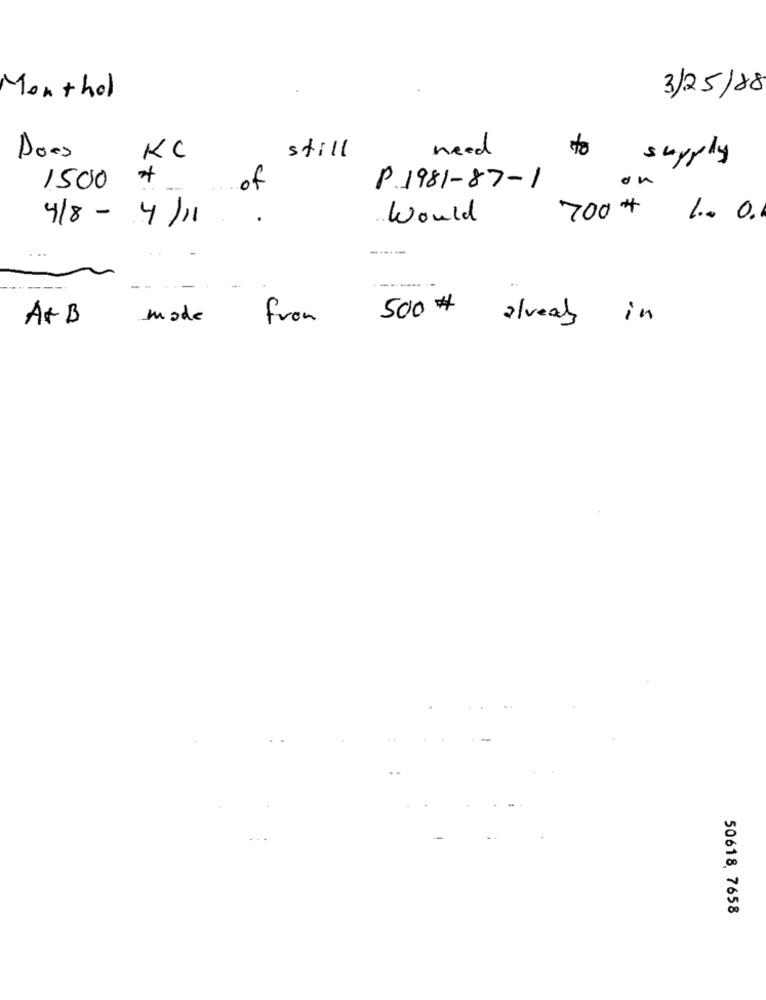
Monthol
3/25/88
still
need
Does
KC
to
£
supply
*
on
1500
of
P.1981-87-1
4/8 - 4/11
.
Would
700# 1 .. 0.
-----
------- --
500#
A+ B
mode
from
already in
50618, 7658